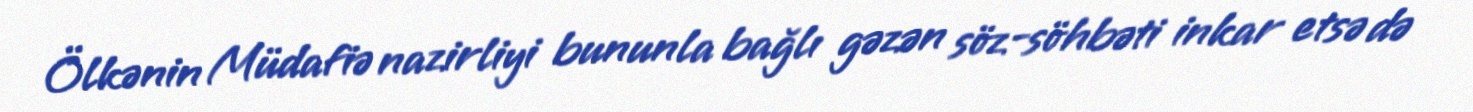
Ölkənin Müdafiə nazirliyi bununla bağlı gəzən söz-söhbəti inkar etsə də